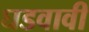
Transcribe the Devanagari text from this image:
घडवावी